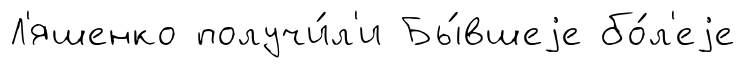
Л'яшенко получи́л'и Бы́вшеjе бо́л'еjе